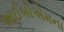
આઈબીએમના